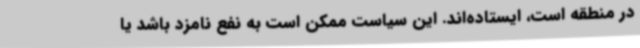
در منطقه است، ایستاده‌اند. این سیاست ممکن است به نفع نامزد باشد یا